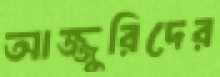
আজ্জুরিদের